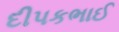
દીપકભાઈ